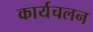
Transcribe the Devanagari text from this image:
कार्यचलन